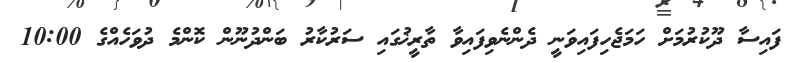
ފައިސާ ދޫކުރުމަށް ހަމަޖެހިފައިވަނީ ދެންނެވިފައިވާ ތާރީޚުގައި ސަރުކާރު ބަންދުނޫން ކޮންމެ ދުވަހެއްގެ 10:00